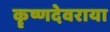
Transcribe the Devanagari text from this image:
कॄष्णदेवराया